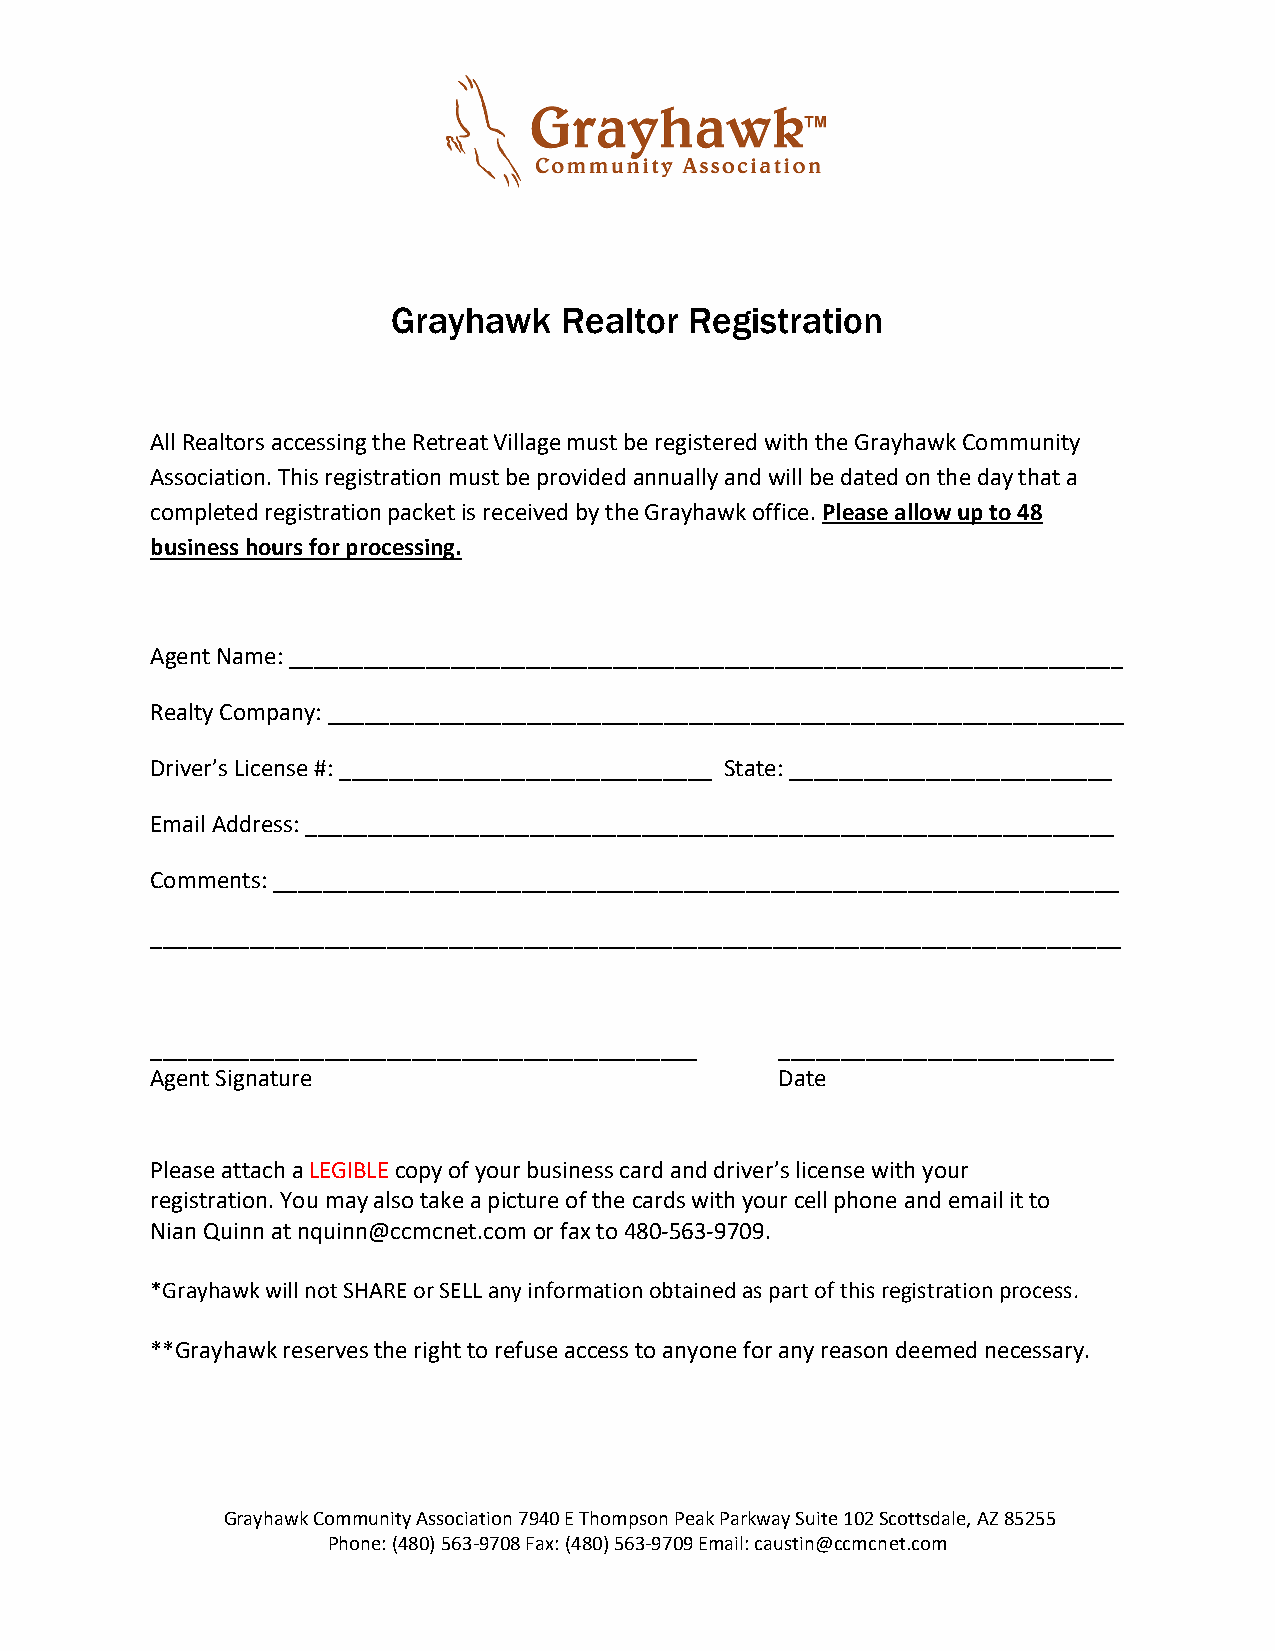
Grayhawk   Realtor  Registration
 All Realtors accessing the Retreat Village must be registered with the Grayhawk Community
 Association. This registration must be provided annually and will be dated on the day that a
 completed registration packet is received by the Grayhawk office. Please allow up to 48
 business hours for processing.
 Agent Name: ___________________________________________________________________
 Realty Company: ________________________________________________________________
 Driver’s License #: ______________________________ State: __________________________
 Email Address: _________________________________________________________________
 Comments: ____________________________________________________________________
 ______________________________________________________________________________
 ____________________________________________ ___________________________
 Agent Signature                           Date
 Please attach a LEGIBLE copy of your business card and driver’s license with your
 registration. You may also take a picture of the cards with your cell phone and email it to
 Nian Quinn at nquinn@ccmcnet.com or fax to 480-563-9709.
 *Grayhawk will not SHARE or SELL any information obtained as part of this registration process.
 **Grayhawk reserves the right to refuse access to anyone for any reason deemed necessary.
 Grayhawk Community Association 7940 E Thompson Peak Parkway Suite 102 Scottsdale, AZ 85255
 Phone: (480) 563-9708 Fax: (480) 563-9709 Email: caustin@ccmcnet.com